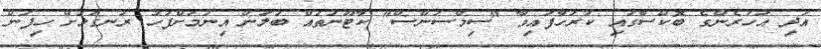
އަދި އަހަރެންގެ ބޮކްސާގައި ކުރަހާފައިވާ "ސިމްސަންސް" ކާޓޫނުތައް ބަލަން އިނުމަށްފަހު ރަނގަޅަށް ހިފަން